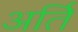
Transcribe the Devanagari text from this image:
अर्ति